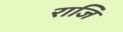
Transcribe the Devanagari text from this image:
राजि